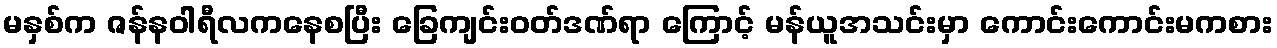
မနှစ်က ဇန်နဝါရီလကနေစပြီး ခြေကျင်းဝတ်ဒဏ်ရာ ကြောင့် မန်ယူအသင်းမှာ ကောင်းကောင်းမကစား